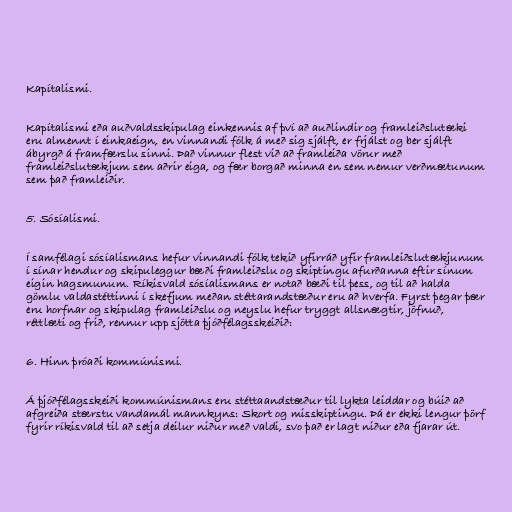
Kapítalismi.

Kapítalismi eða auðvaldsskipulag einkennis af því að auðlindir og framleiðslutæki
eru almennt í einkaeign, en vinnandi fólk á með sig sjálft, er frjálst og ber sjálft
ábyrgð á framfærslu sinni. Það vinnur flest við að framleiða vörur með
framleiðslutækjum sem aðrir eiga, og fær borgað minna en sem nemur verðmætunum
sem það framleiðir.

5. Sósíalismi.

Í samfélagi sósíalismans hefur vinnandi fólk tekið yfirráð yfir framleiðslutækjunum
í sínar hendur og skipuleggur bæði framleiðslu og skiptingu afurðanna eftir sínum
eigin hagsmunum. Ríkisvald sósíalismans er notað bæði til þess, og til að halda
gömlu valdastéttinni í skefjum meðan stéttarandstæður eru að hverfa. Fyrst þegar þær
eru horfnar og skipulag framleiðslu og neyslu hefur tryggt allsnægtir, jöfnuð,
réttlæti og frið, rennur upp sjötta þjóðfélagsskeiðið:

6. Hinn þróaði kommúnismi.

Á þjóðfélagsskeiði kommúnismans eru stéttaandstæður til lykta leiddar og búið að
afgreiða stærstu vandamál mannkyns: Skort og misskiptingu. Þá er ekki lengur þörf
fyrir ríkisvald til að setja deilur niður með valdi, svo það er lagt niður eða fjarar út.